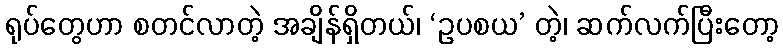
ရုပ်တွေဟာ စတင်လာတဲ့ အချိန်ရှိတယ်၊ ‘ဥပစယ’ တဲ့၊ ဆက်လက်ပြီးတော့